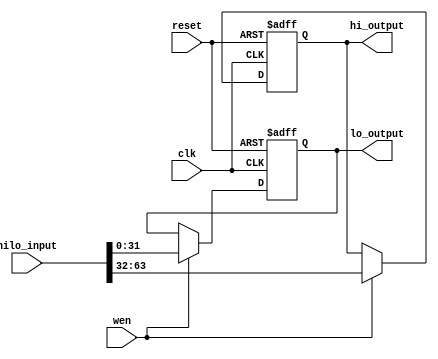
module hilo_reg (
    input clk,
    input reset,
    input [63:0] hilo_input,
    input wen,
    output reg [31:0] hi_output,
    output reg [31:0] lo_output
);

  always @(posedge clk or posedge reset) begin
    if (reset) begin
      //  hi  lo 
      hi_output <= 32'b0;
      lo_output <= 32'b0;
    end else if (wen) begin
      // 
      hi_output <= hilo_input[63:32];
      lo_output <= hilo_input[31:0];
    end else begin
      // 
      hi_output <= hi_output;
      lo_output <= lo_output;
    end
  end

endmodule